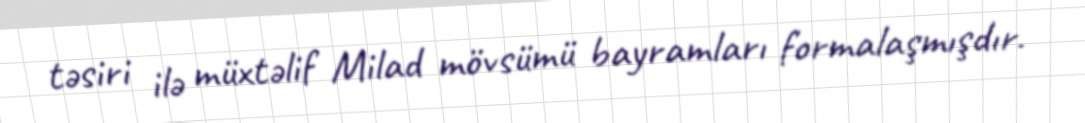
təsiri ilə müxtəlif Milad mövsümü bayramları formalaşmışdır.